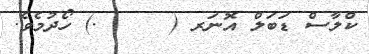
ކްލާސް ޑަބަލް އޮނަރ (     .) ހޯދުމެވެ.